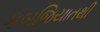
કબજિયાતથી